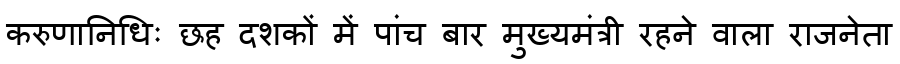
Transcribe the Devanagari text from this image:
करुणानिधिः छह दशकों में पांच बार मुख्यमंत्री रहने वाला राजनेता